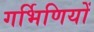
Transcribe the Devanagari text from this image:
गर्भिणियों